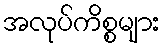
အလုပ်ကိစ္စများ